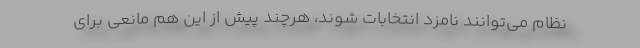
نظام می‌توانند نامزد انتخابات شوند، هرچند پیش از این هم مانعی برای